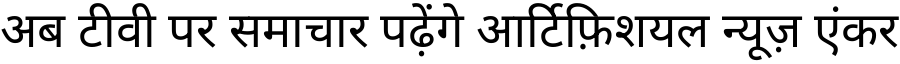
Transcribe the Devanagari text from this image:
अब टीवी पर समाचार पढ़ेंगे आर्टिफ़िशयल न्यूज़ एंकर